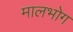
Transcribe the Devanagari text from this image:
मालभोग